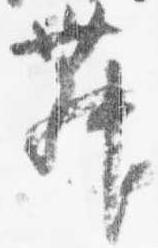
舞